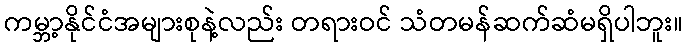
ကမ္ဘာ့နိုင်ငံအများစုနဲ့လည်း တရားဝင် သံတမန်ဆက်ဆံမရှိပါဘူး။